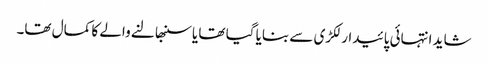
شاید انتہائی پائیدار لکڑی سے بنایا گیا تھا یا سنبھالنے والے کا کمال تھا۔